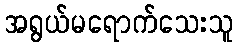
အရွယ်မရောက်သေးသူ